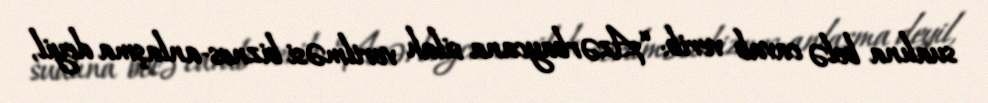
sualına belə cavab verib: “Azərbaycana silah verilməsi biznes-anlaşma deyil,